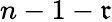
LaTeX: n-1-\mathfrak{r}